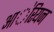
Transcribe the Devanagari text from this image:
आ॓रियन